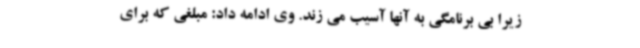
زیرا بی برنامگی به آنها آسیب می زند. وی ادامه داد: مبلغی که برای